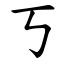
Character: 丂